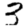
Digit: 3